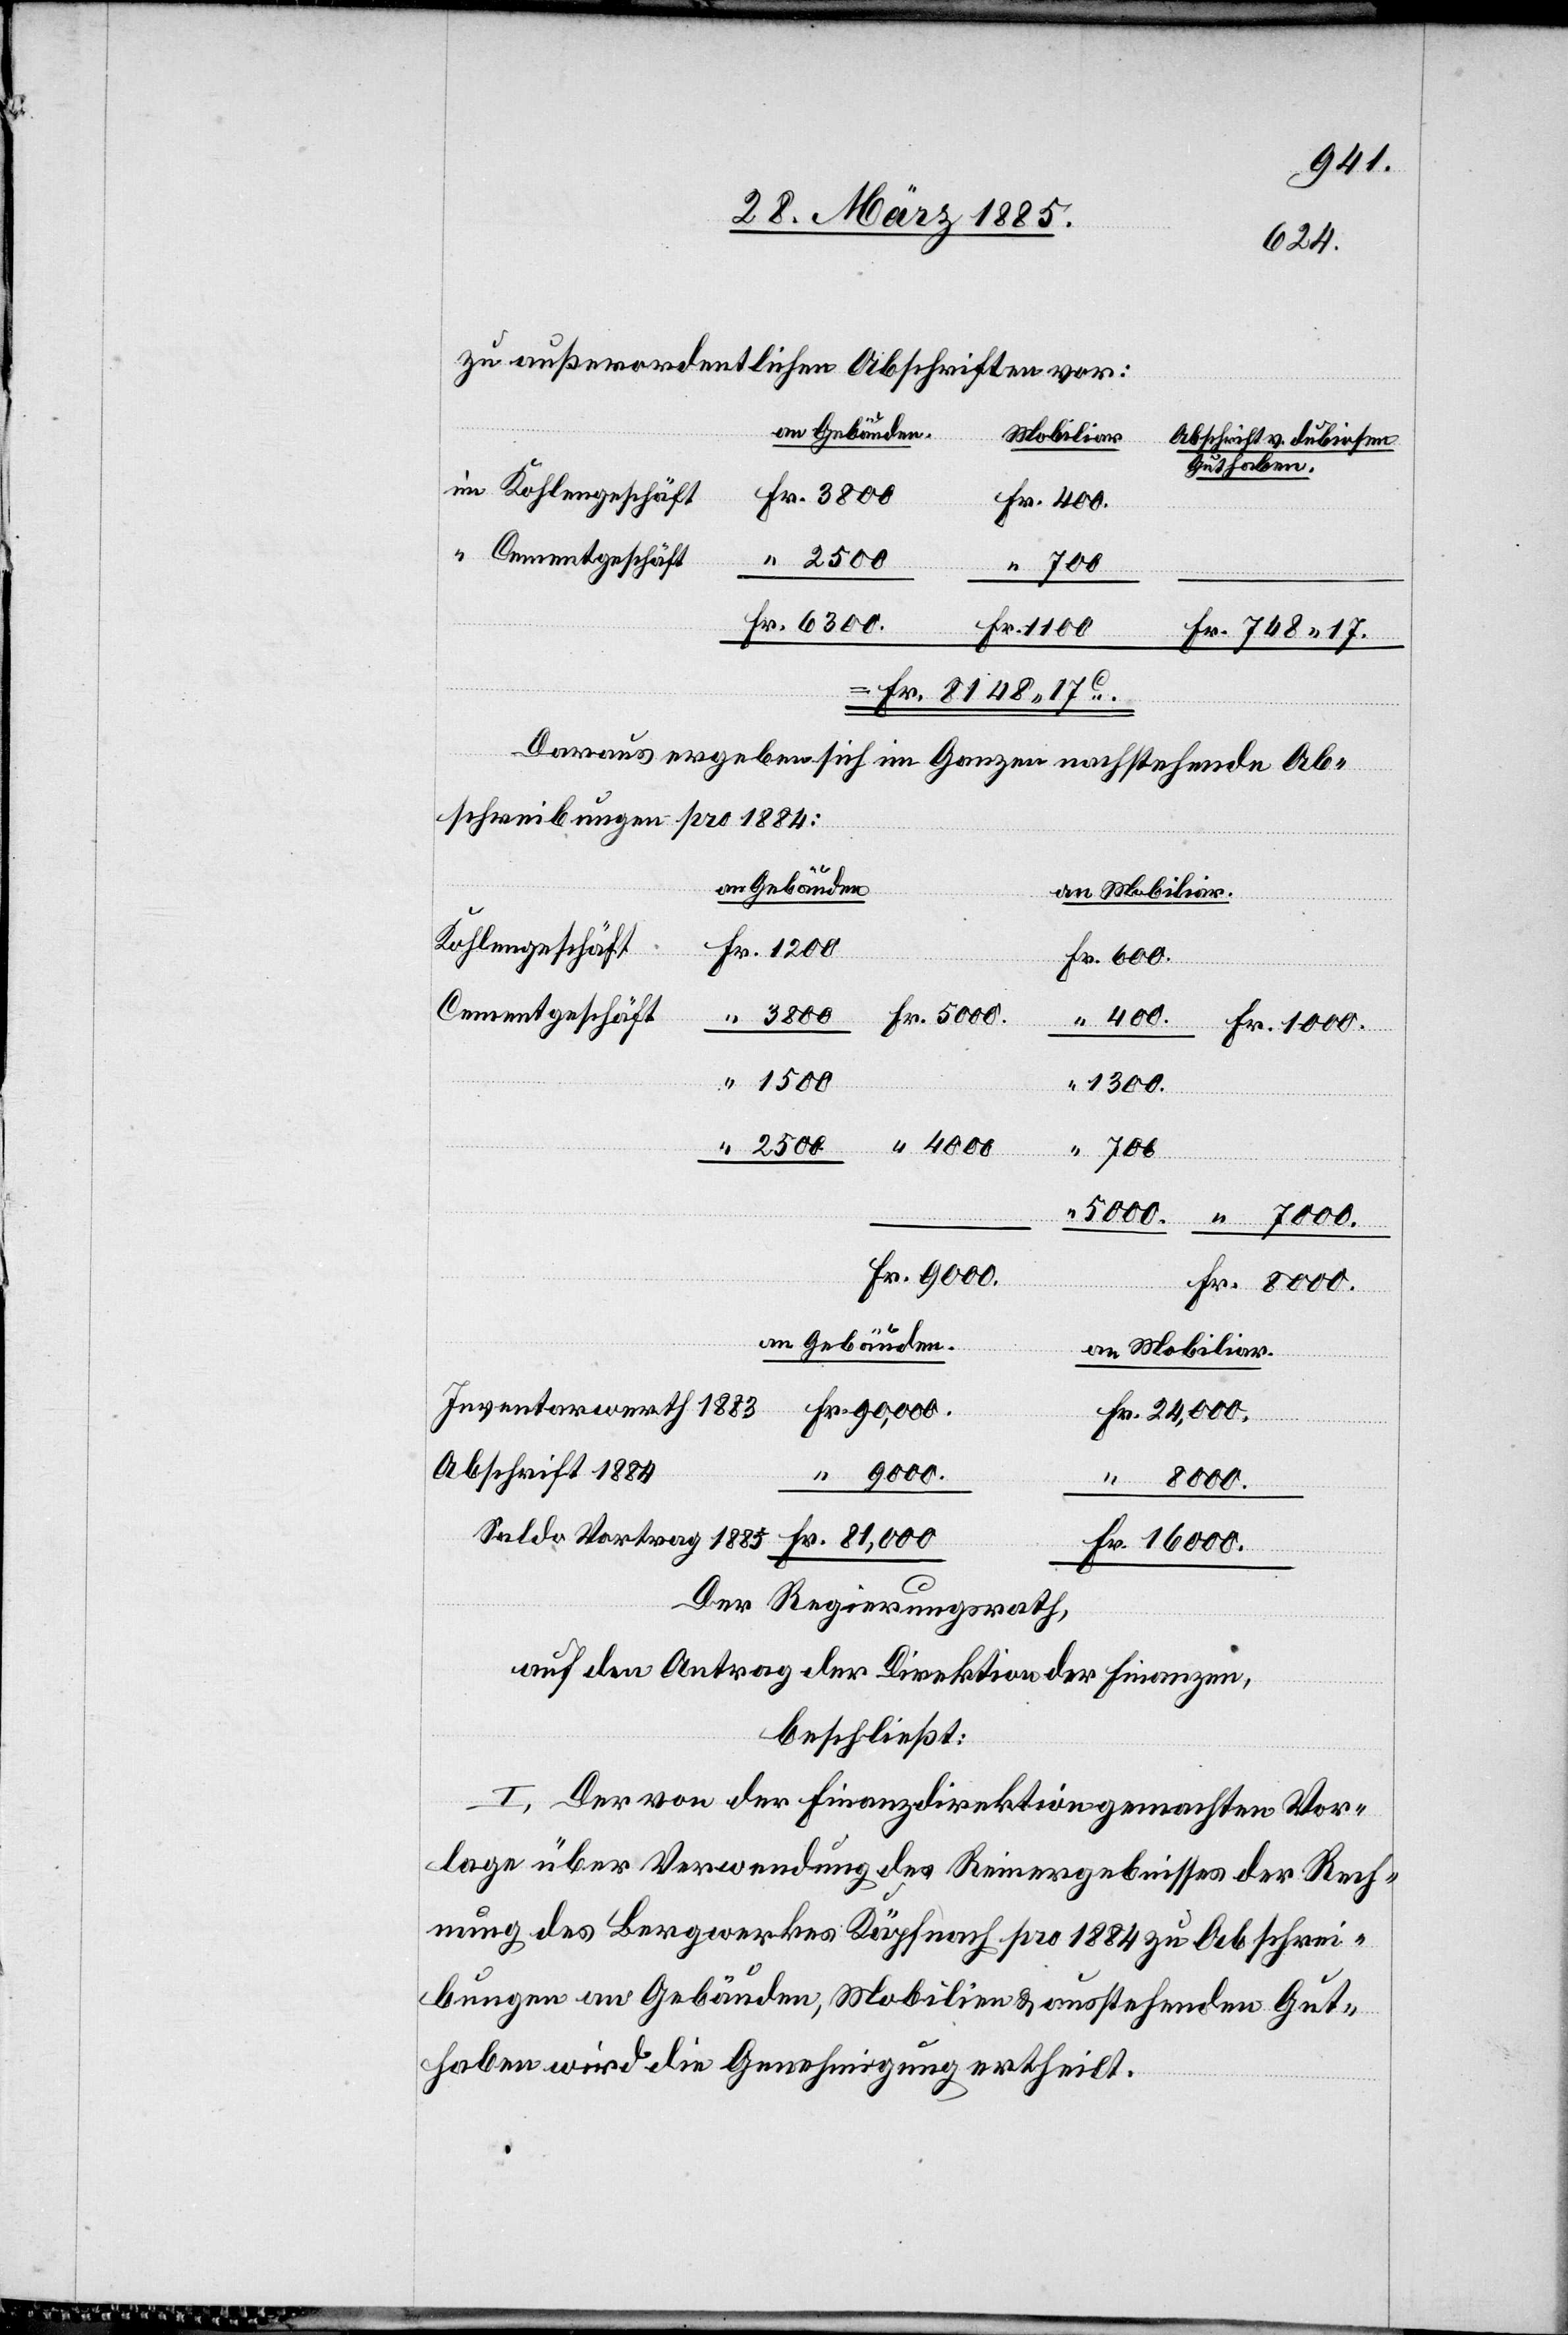
600.
zu außerordentlichen Abschriften vor:
Mobiliar
Fr.
Abschrift v. dubiosen
Guthaben.
Fr. 8148 17 C.
Daraus ergeben sich im Ganzen nachstehende Ab¬
“
schreibungen pro 1884:
an Gebäuden
Kohlengeschäft
Cementgeschäft
1883
4000
700
24,000.
an Gebäuden.
an Mobiliar.
Vortrag
Abschrift 1884
17.
16 000.
Der Regierungsrath,
auf den Antrag der Direktion der Finanzen,
beschließt:
I. Der von der Finanzdirektion gemachten Vor¬
lage über Verwendung des Reinergebnisses der Rech¬
nung des Bergwerkes Käpfnach pro 1884 zu Abschrei¬
bungen an Gebäuden, Mobilien & ausstehenden Gut¬
haben wird die Genehmigung ertheilt.